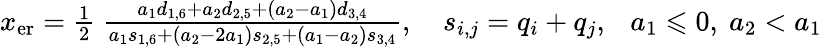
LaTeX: \begin{array}{r}{x_{\mathrm{er}}=\frac{1}{2}\ \frac{a_{1}d_{1,6}+a_{2}d_{2,5}+(a_{2}-a_{1})d_{3,4}}{a_{1}s_{1,6}+(a_{2}-2a_{1})s_{2,5}+(a_{1}-a_{2})s_{3,4}},\ \ \ \ s_{i,j}=q_{i}+q_{j},\ \ \ a_{1}\leqslant 0,\ a_{2}<a_{1}}\end{array}